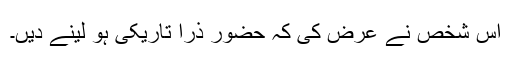
اس شخص نے عرض کی کہ حضور ذرا تاریکی ہو لینے دیں۔